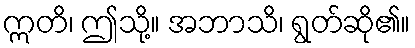
ဣတိ၊ ဤသို့။ အဘာသိ၊ ရွတ်ဆို၏။